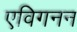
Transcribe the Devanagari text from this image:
एविगनन